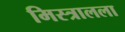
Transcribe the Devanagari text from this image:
मिस्त्रालला